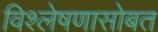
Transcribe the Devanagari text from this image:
विश्लेषणासोबत